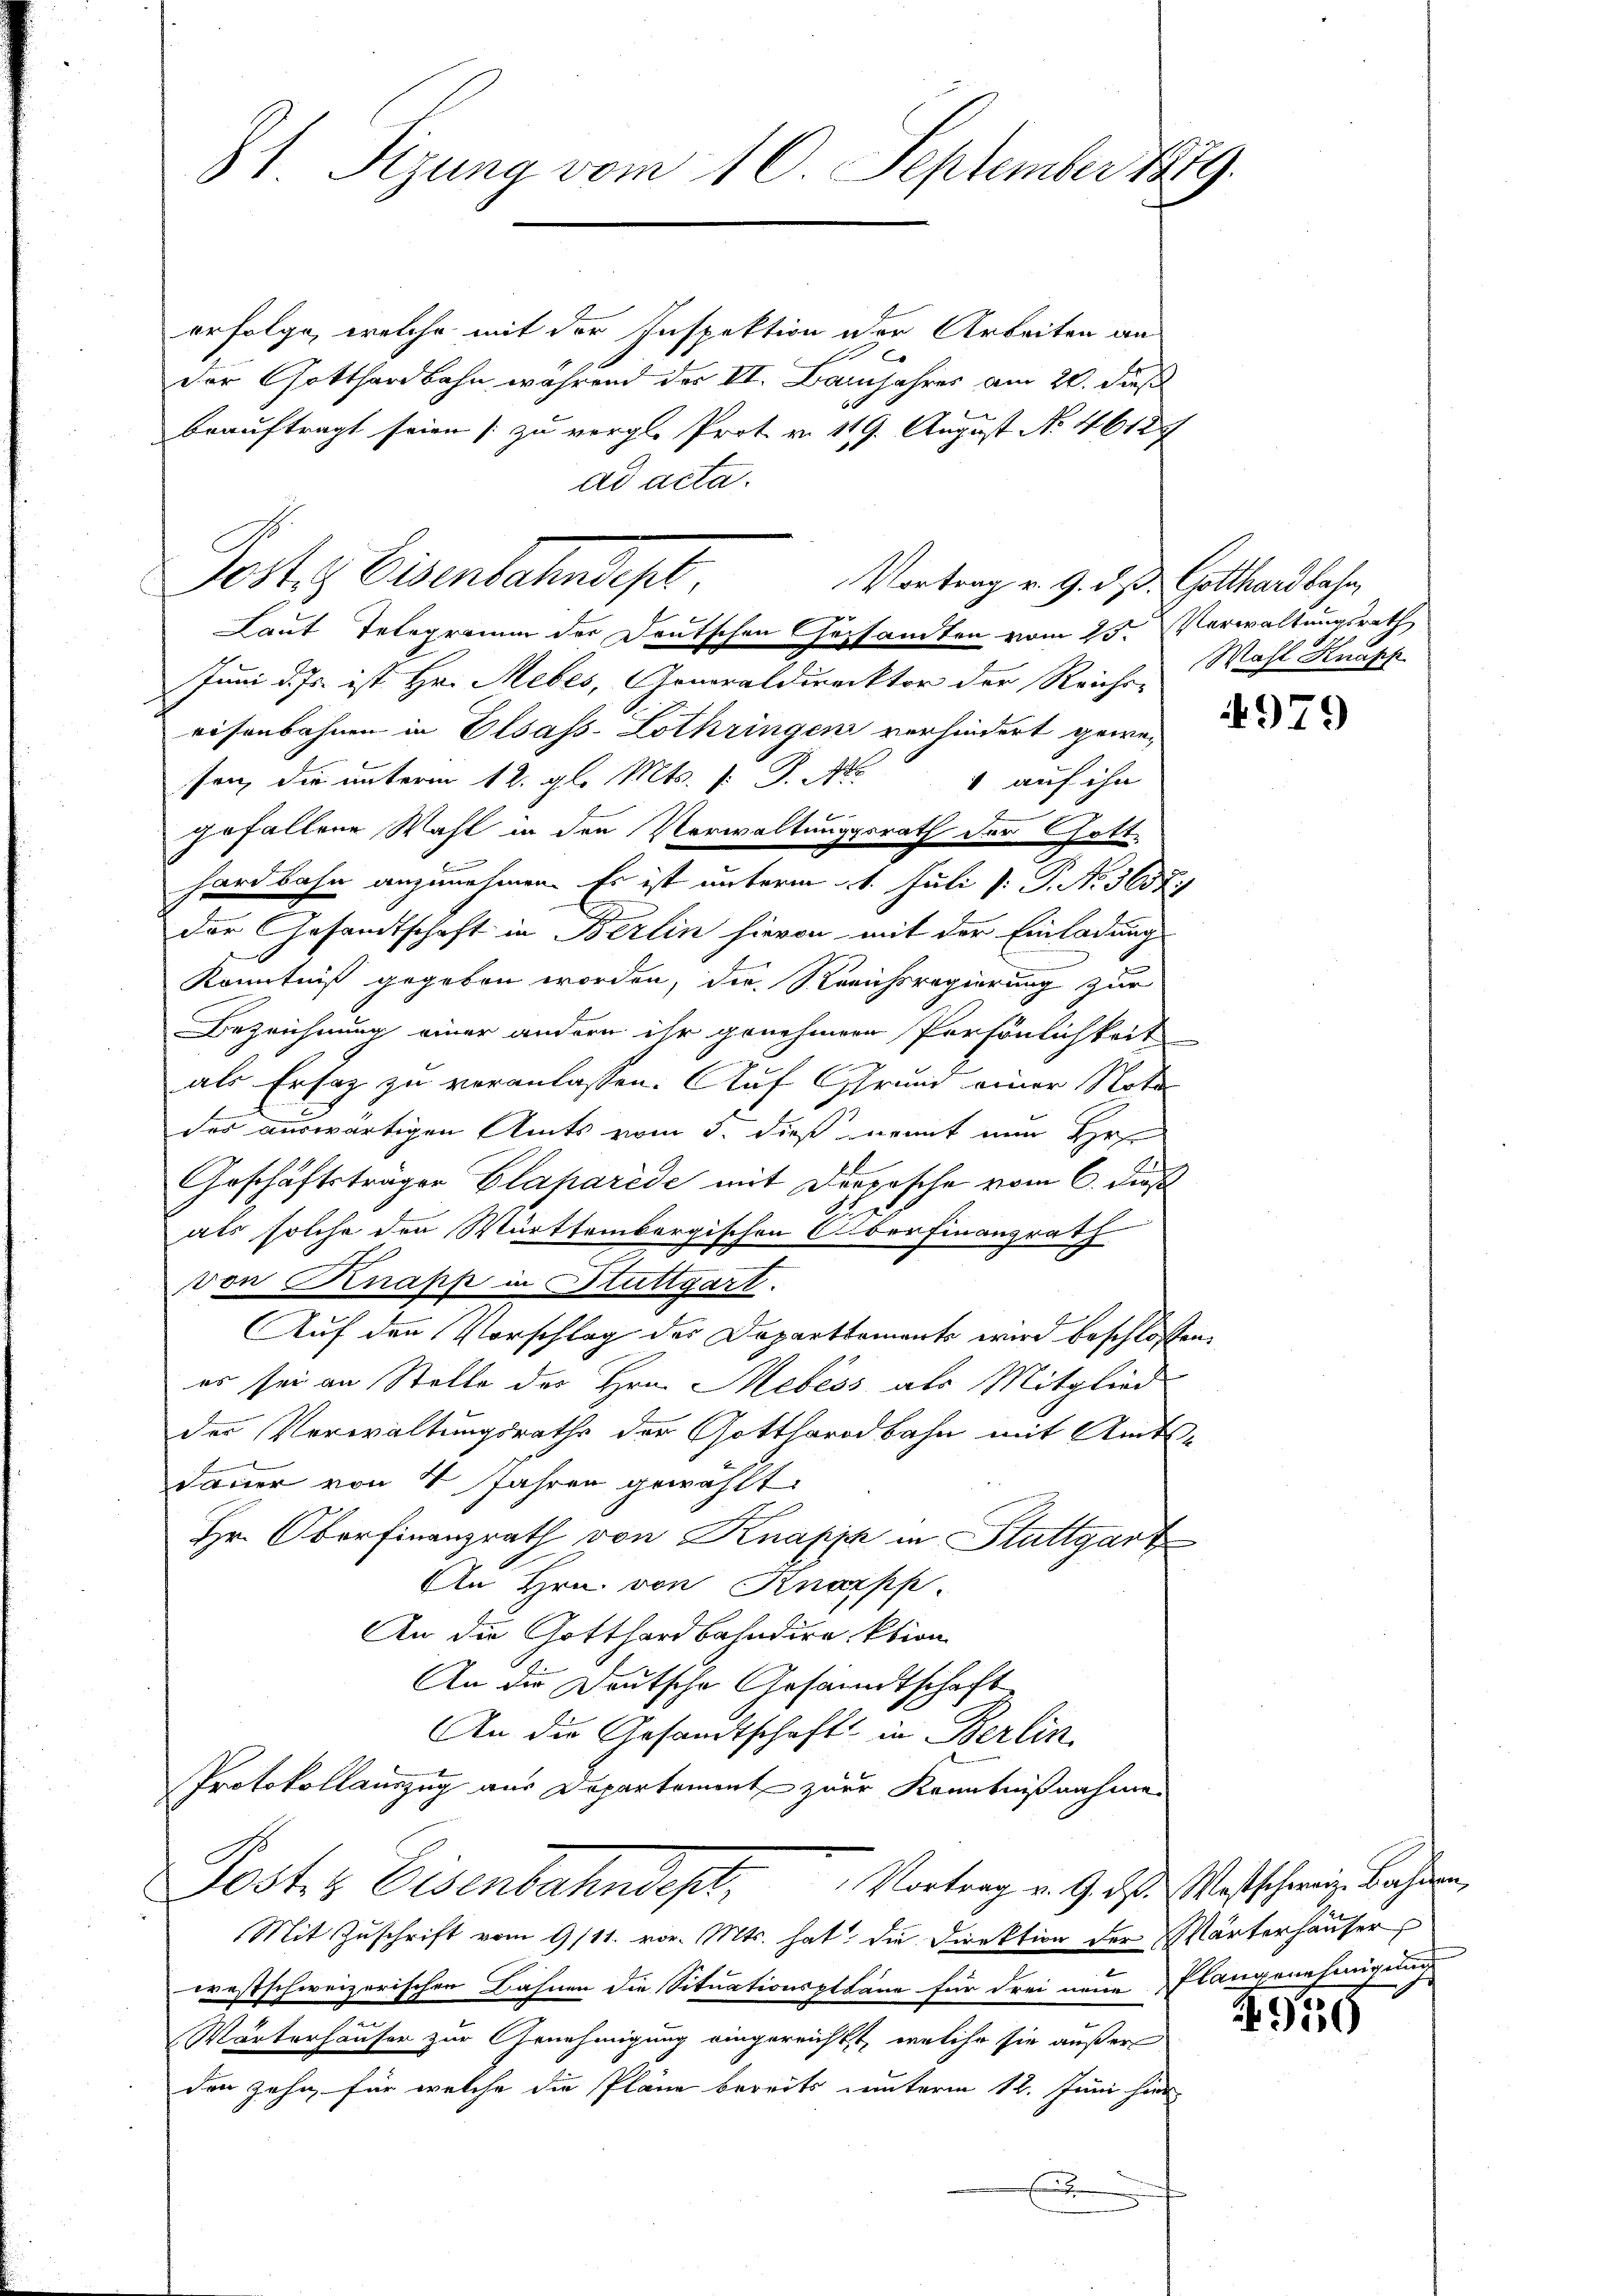
31. Sizung vom 10. September 1889.

erfolge, welche mit der Inspektion der Arbeiten an
Der Gotthardbahn, während der VI. Banjahres am 20. dieß
60
beauftragt seien [zu vergl. Prot. v. 119. August No. 4612
ad acta.
Vortrag v. 9. d. d. Gotthardbahn,
Laut Telegramm der Deutschen Gesandten vom 25. Verwaltungsrath
Juni d. Js. ist Hr. Mebes, Generaldirektor der Reichs-
eisenbahnen in Elsass-Lothringen verhindert gewesen, die unterm 12. gl. Mts. v. P. Nr. 4 auf ihn
gefallene Wahl in den Verwaltungsrath der Gott-
Erinne
hardbahn anzunehmen. Es ist unterm 1. Juli [: P. No. 3658.
der Gesandtschaft in Berlin hievon mit der Einladung
Könntniß gegeben worden, die Streichsregierung zur
Bezeichnung einer andern ihr genehmene Persönlichkeit
d
als Ersatz zu veranlassen. Auf Grund einer Nota
des auswärtigen Amts vom 5. dieß womit nun Hefe
Geschäftsträgen Glaparede mit Dorpasche vom 6. dieß
als solche den Württembergischen Oberfinanzrath
g
h
von Knapp in Stuttgart.
Auf den Vorschlag der Departtements wird beschlossen:
es sei an Stelle des Hrn. Mebéss als Mitglied
der Verwaltungsraths der Gotthardbahn mit Amtsdauer von 4 Jahren gewählt:
Hr. Oberfinanzrath von Knapp in Stuttgart
An Hrn. von Knappp.
An die Gotthardbahndirektion
An die Deutsche Gesandtschaft
An die Gesandtschaft in Berlin
Protokollauszug aus Departement zur Kenntnißnahme
Poster Eisenbahndept, Vortrag v. 9. ds. Westscherige Sachen
Mit Zuschrift vom 9/11. vor. Mts. hat die Direktion der Wärterhauser
westschweizerischen Bahnen die Situationspläne für drei neue Plangenehmigung
Wärterhäuser zur Genehmigung eingereicht, welche sie außer
den zehn, für welche die Pläne bereits unterm 12. Juni hier

Poster Eisenbahndep

Wahl Knapp

4979

915